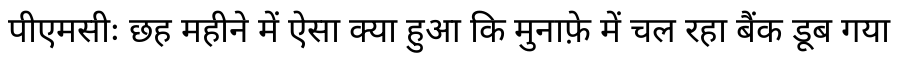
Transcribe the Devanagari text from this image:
पीएमसीः छह महीने में ऐसा क्या हुआ कि मुनाफ़े में चल रहा बैंक डूब गया